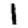
Digit: 1